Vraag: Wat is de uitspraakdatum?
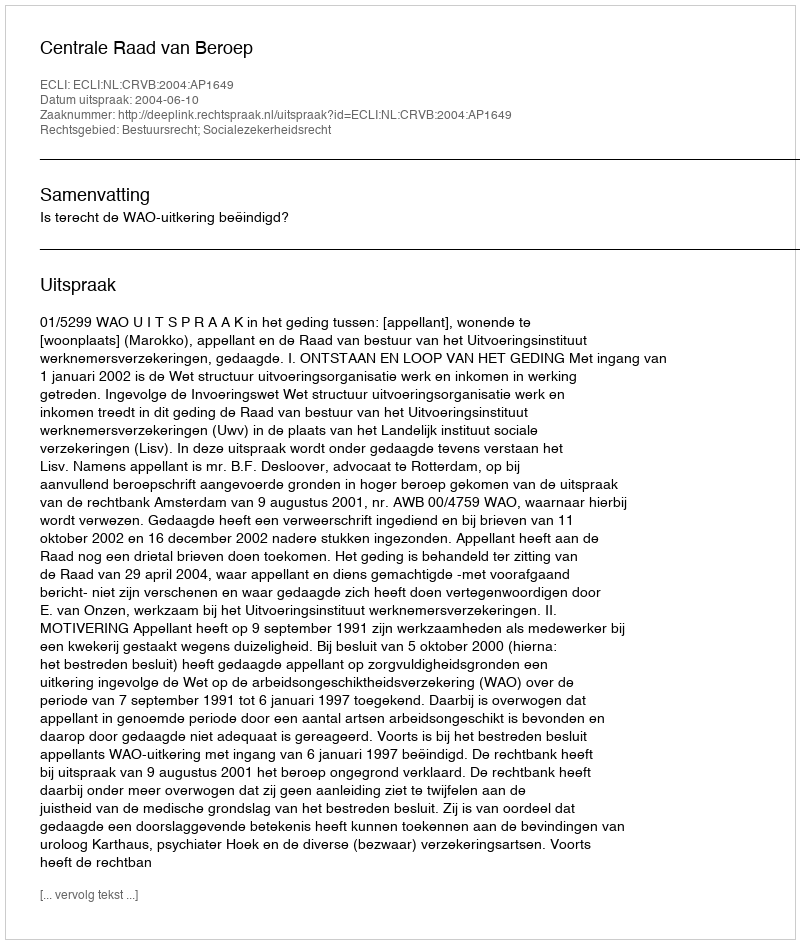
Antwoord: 2004-06-10